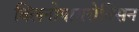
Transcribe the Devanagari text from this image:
क्लिनोपायरोक्सिन